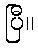
ပြီ။